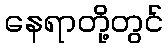
နေရာတို့တွင်